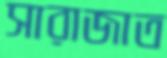
সারাজাত